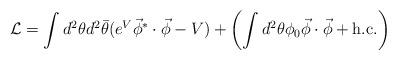
LaTeX: \begin{align*}{\cal L} = \int d^2\theta d^2\bar{\theta} (e^V \vec{\phi}^*\cdot\vec{\phi}-V) +\left( \int d^2\theta \phi_0\vec{\phi}\cdot\vec{\phi} + {\rm h.c.} \right)\end{align*}